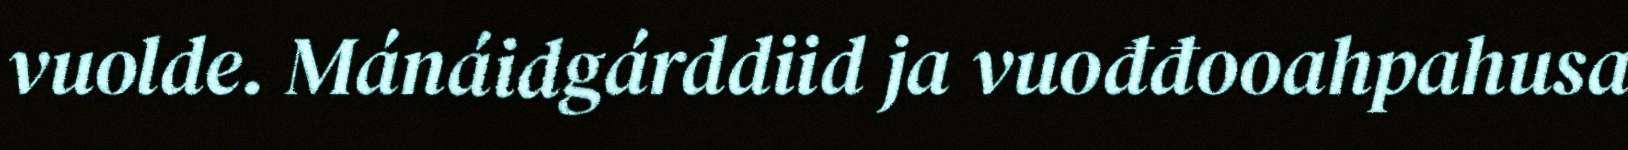
vuolde. Mánáidgárddiid ja vuođđooahpahusa